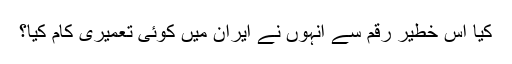
کیا اس خطیر رقم سے انہوں نے ایران میں کوئى تعمیرى کام کیا؟